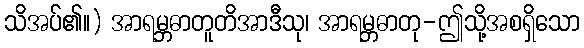
သိအပ်၏။) အာရမ္ဘဓာတူတိအာဒီသု၊ အာရမ္ဘဓာတု-ဤသို့အစရှိသော